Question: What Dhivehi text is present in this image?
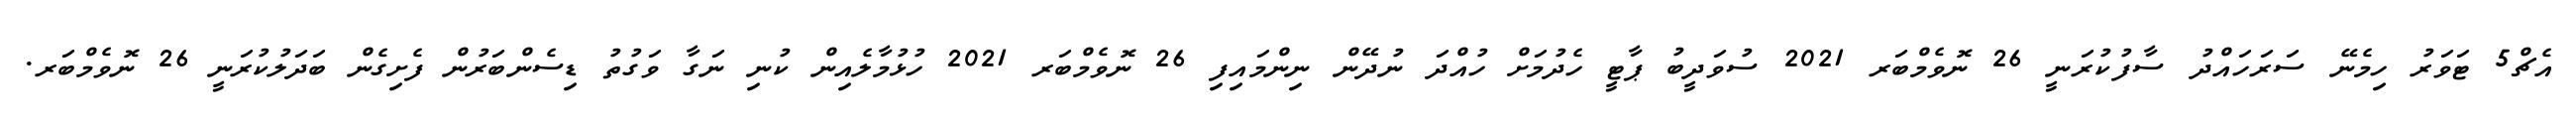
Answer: އެޗް5 ޓަވަރު ހިމެނޭ ސަރަހައްދު ސާފުކުރަނީ 26 ނޮވެމްބަރ 2021 ސުވަދީބު ޕާޓީ ހެދުމަށް ހުއްދަ ނުދޭން ނިންމައިފި 26 ނޮވެމްބަރ 2021 ހުޅުމާލެއިން ކުނި ނަގާ ވަގުތު ޑިސެންބަރުން ފެށިގެން ބަދަލުކުރަނީ 26 ނޮވެމްބަރ.